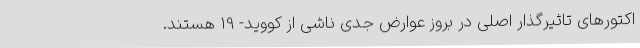
اکتورهای تاثیرگذار اصلی در بروز عوارض جدی ناشی از کووید- 19 هستند.